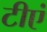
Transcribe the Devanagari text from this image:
टीएं